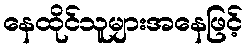
နေထိုင်သူများအနေဖြင့်